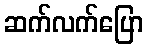
ဆက်လက်ပြော